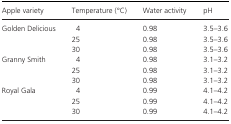
| Apple variety | Temperature (°C) | Water activity | pH |
 | --- | --- | --- | --- |
 | <ROWSPAN=3> Golden Delicious | 4 | 0.98 | 3.5–3.6 |
 | 25 | 0.98 | 3.5–3.6 |
 | 30 | 0.98 | 3.5–3.6 |
 | <ROWSPAN=3> Granny Smith | 4 | 0.98 | 3.1–3.2 |
 | 25 | 0.98 | 3.1–3.2 |
 | 30 | 0.98 | 3.1–3.2 |
 | <ROWSPAN=3> Royal Gala | 4 | 0.99 | 4.1–4.2 |
 | 25 | 0.99 | 4.1–4.2 |
 | 30 | 0.99 | 4.1–4.2 |